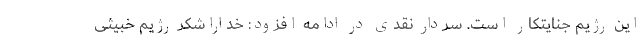
این رژیم جنایتکار است. سردار نقدی در ادامه افزود: خداراشکر رژیم خبیثی